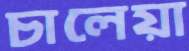
চালেয়া